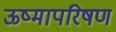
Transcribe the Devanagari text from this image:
ऊष्मापरिषण